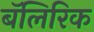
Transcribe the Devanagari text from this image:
बॅलिरिक